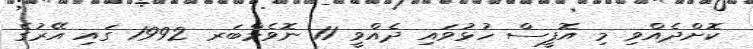
ކޮށްދެއްވި މި އޮފީސް ހުޅުވައި ދެއްވީ 11 ނޮވެމްބަރ 1992 ގައި އޭރުގެ